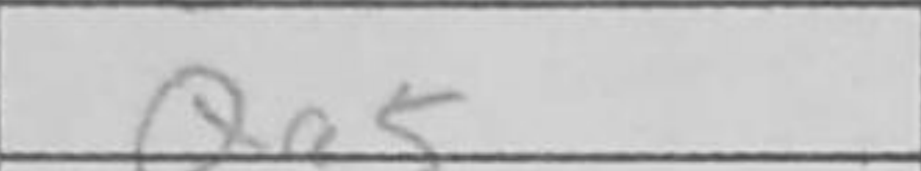
Transcription: Qa5